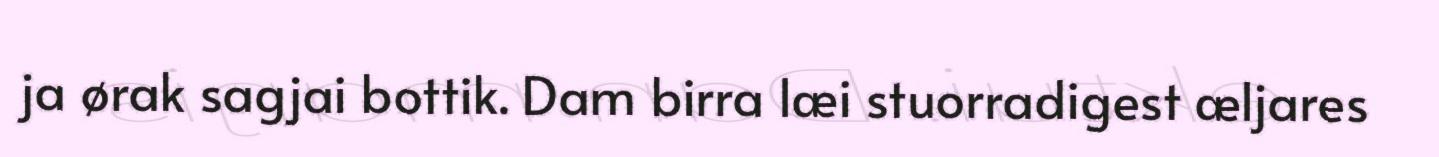
ja ørak sagjai bottik. Dam birra læi stuorradigest æljares